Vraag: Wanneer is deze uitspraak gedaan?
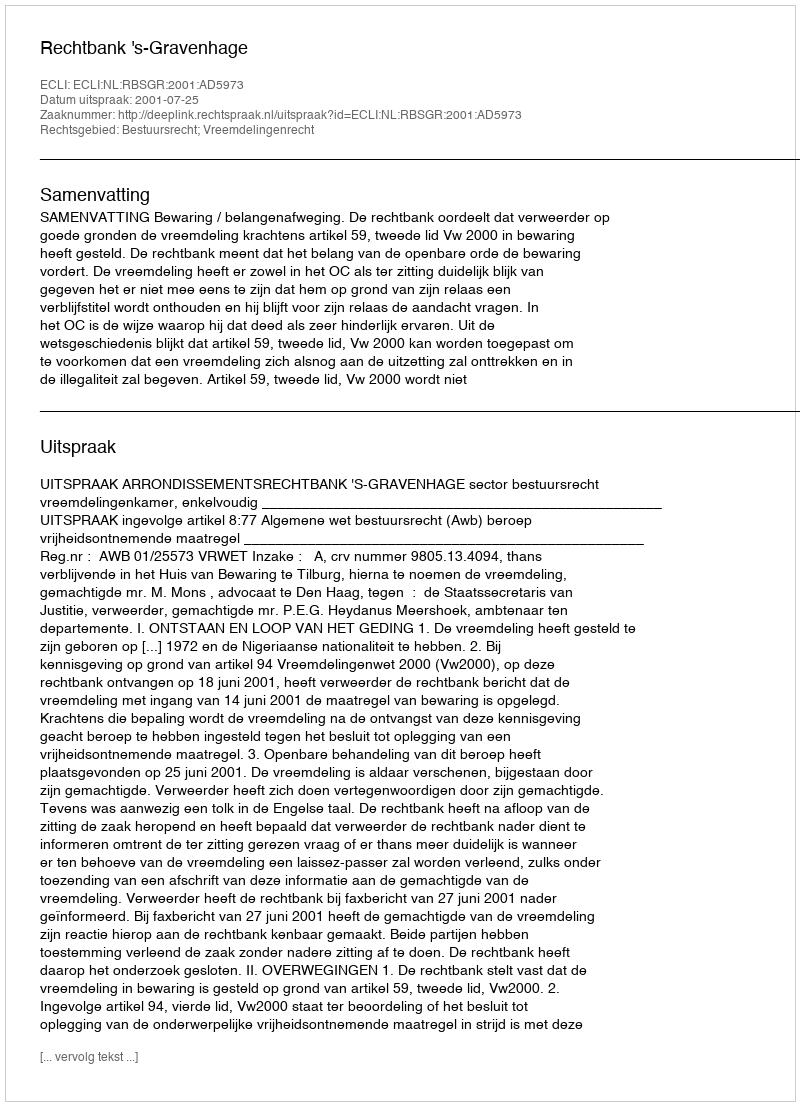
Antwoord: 2001-07-25